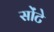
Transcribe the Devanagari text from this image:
सोंटे